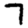
Digit: 7